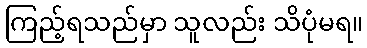
ကြည့်ရသည်မှာ သူလည်း သိပုံမရ။